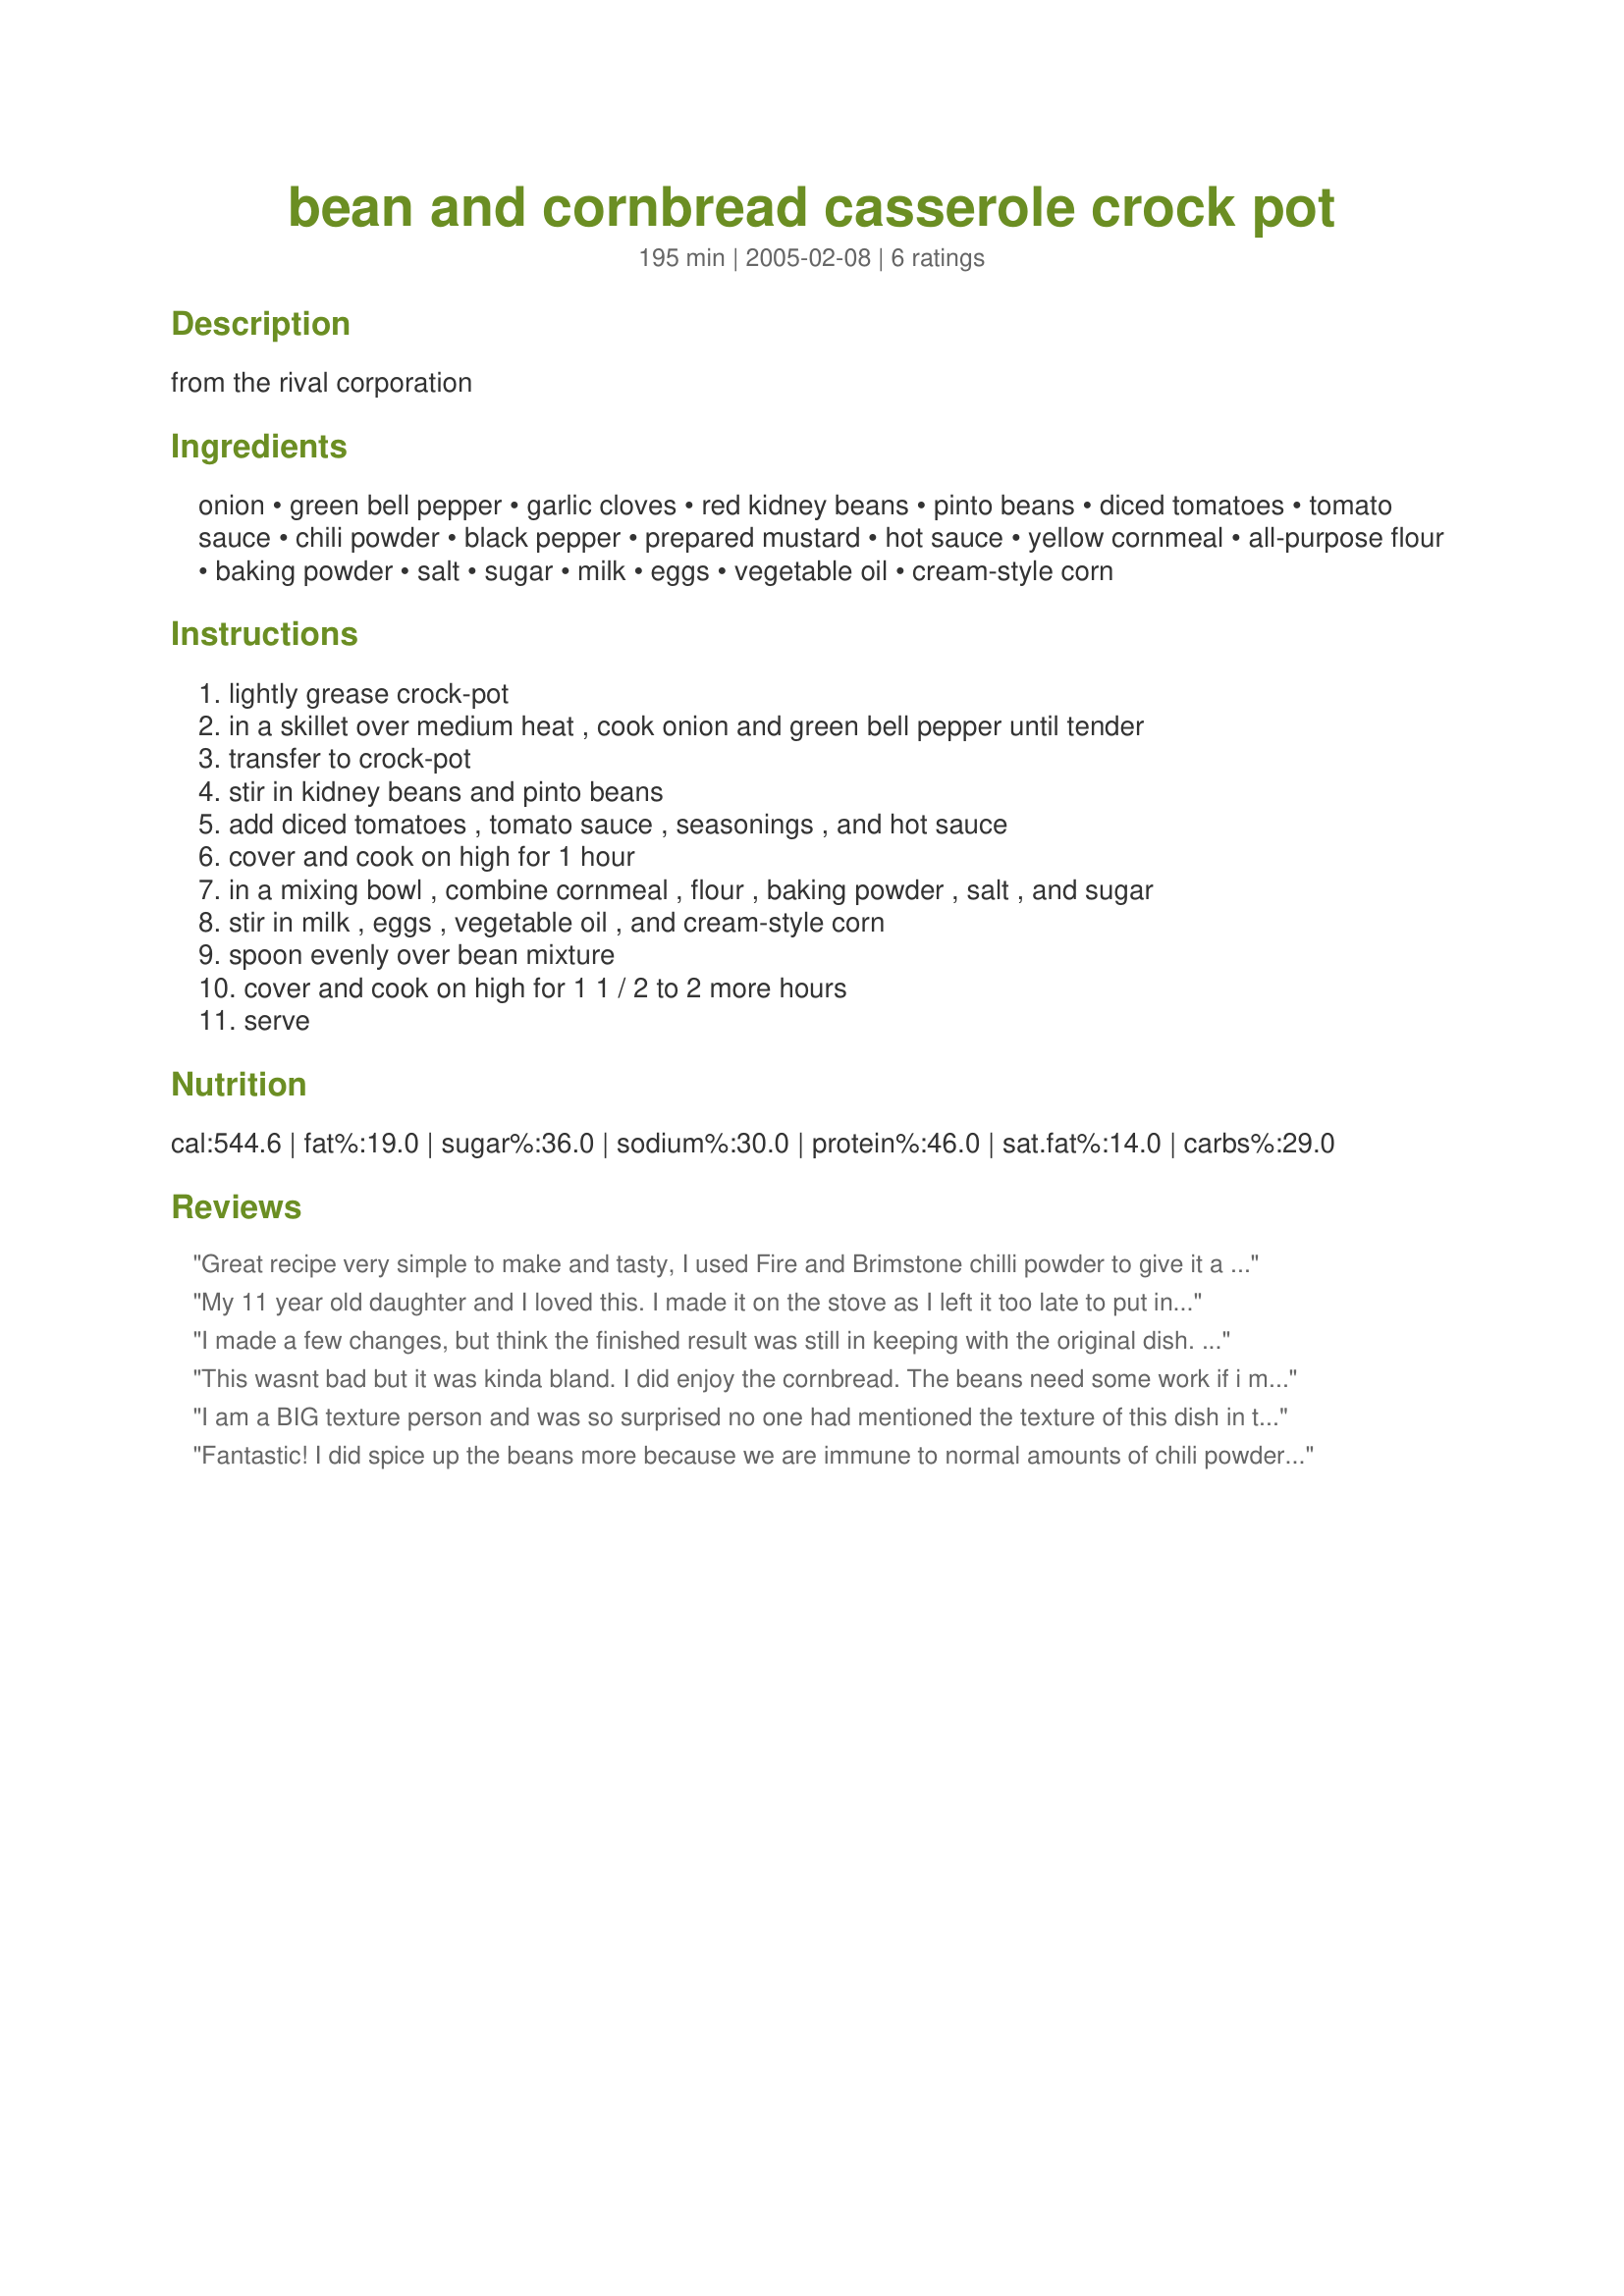
bean and cornbread casserole crock pot
Preparation time: 195 minutes

from the rival corporation

Ingredients:
onion, green bell pepper, garlic cloves, red kidney beans, pinto beans, diced tomatoes, tomato sauce, chili powder, black pepper, prepared mustard, hot sauce, yellow cornmeal, all-purpose flour, baking powder, salt, sugar, milk, eggs, vegetable oil, cream-style corn

Steps:
lightly grease crock-pot, in a skillet over medium heat , cook onion and green bell pepper until tender, transfer to crock-pot, stir in kidney beans and pinto beans, add diced tomatoes , tomato sauce , seasonings , and hot sauce, cover and cook on high for 1 hour, in a mixing bowl , combine cornmeal , flour , baking powder , salt , and sugar, stir in milk , eggs , vegetable oil , and cream-style corn, spoon evenly over bean mixture, cover and cook on high for 1 1 / 2 to 2 more hours, serve

Reviews:
Great recipe
very simple to make and tasty, I used Fire and Brimstone chilli powder to give it a kick and it was hot.
The cornbread worked well with self-raising flour.
Overall I found it simple and tasty.
My 11 year old daughter and I loved this. I made it on the stove as I left it too late to put in the crockpot. The only change I would make is that next time if I were using the stove top would be to add a little more liquid to the bean mixture ( but that was my fault for not realizing it needed more liquid on the stove). Overall this was very easy to make. Thanks for the recipe.
I made a few changes, but think the finished result was still in keeping with the original dish. For example, I used home made tomato sauce (Country Lady's Piquant Tomato Sauce recipe #67745) so to avoid duplicating ingredients, I skipped the chilli powder, hot sauce and mustard. I also left out adding sugar to the cornbread; I find there's already enough sugar in creamed sweetcorn for our personal taste. 

Even after cooking on high for the full cooking time, the cornbread wasn't cooked right through on top at the middle of the pot. I cooked this for an extra hour, but it was still soggy; the cornbread round the edges was great though, well risen and light. I realise that crockpots can vary enormously so despite problems with the cornbread, I’m happy to give this five stars for ease of making, great taste and a really useful recipe. I‘ll be making this again.
This wasnt bad but it was kinda bland. I did enjoy the cornbread. The beans need some work if i make it again...which is unlikely.
I am a BIG texture person and was so surprised no one had mentioned the texture of this dish in their review. It was, to me, gooey - much like a tamale. Nothing like real cornbread. It not overly exciting of a dish and the kids didn't eat it. As far as bland goes, my hot sauce took care of that.
Fantastic! I did spice up the beans more because we are immune to normal amounts of chili powder in my family, but was otherwise perfect as written! I was initially put off because of all the ingredients listed (stupid, I know), but it took about 5 minutes to put it all together. Next time I make this I will decrease the cornbread by about half, because there was just waaay too much. But unlike another reviewer, the cornbread cooked just fine for me. I'll be making this again very soon! Thanks for the great recipe!
